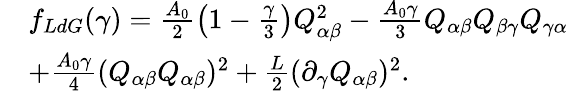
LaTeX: \begin{array}{rl}&{f_{LdG}(\gamma)=\frac{A_{0}}{2}\left(1-\frac{\gamma}{3}\right)Q_{\alpha\beta}^{2}-\frac{A_{0}\gamma}{3}Q_{\alpha\beta}Q_{\beta\gamma}Q_{\gamma\alpha}}\\ &{+\frac{A_{0}\gamma}{4}(Q_{\alpha\beta}Q_{\alpha\beta})^{2}+\frac{L}{2}(\partial_{\gamma}Q_{\alpha\beta})^{2}.}\end{array}